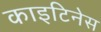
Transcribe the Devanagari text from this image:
काइटिनेस